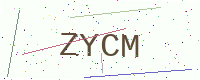
Text: ZYCM